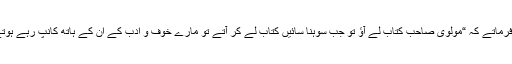
پیرمٹھاؒ فرماتے کہ “مولوی صاحب کتاب لے آؤ تو جب سوہنا سائیں کتاب لے کر آتے تو مارے خوف و ادب کے ان کے ہاتھ کانپ رہے ہوتے تھے۔